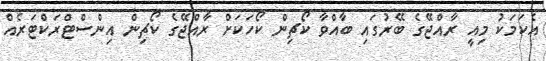
އެކަމަކު މިއީ ރާއްޖޭގެ ބޭރުގައި ބާއްވާ ކޯޗިން ކޯހަކަށް ރާއްޖޭގެ ކޯޗިން އިންސްޓްރަކްޓަރެއް